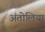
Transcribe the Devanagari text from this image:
अंतोलिया